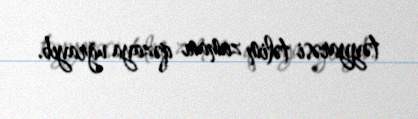
təyyarəsi təlim zamanı qəzaya uğrayıb.